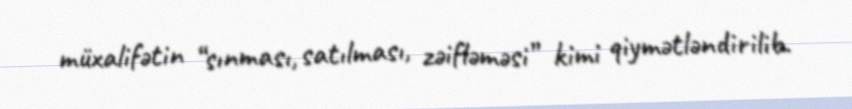
müxalifətin “sınması, satılması, zəifləməsi” kimi qiymətləndirilib.